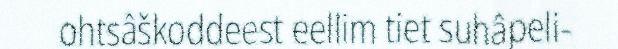
ohtsâškoddeest eellim tiet suhâpeli-